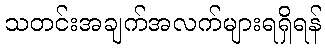
သတင်းအချက်အလက်များရရှိရန်